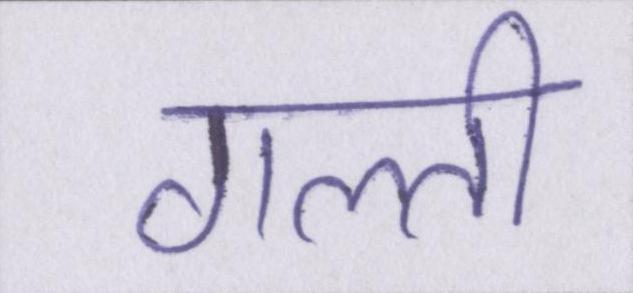
गल्ती